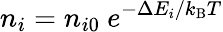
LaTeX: n_{i}=n_{i0}\ e^{-\Delta E_{i}/k_{\mathrm{B}}T}